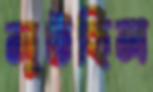
লুটছিল